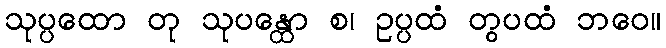
သုပ္ပထော တု သုပန္ထော စ၊ ဥပ္ပထံ တွပထံ ဘဝေ။